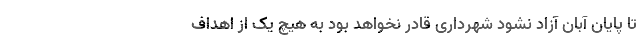
تا پایان آبان آزاد نشود شهرداری قادر نخواهد بود به هیچ یک از اهداف